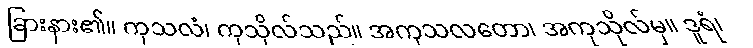
ခြားနား၏။ ကုသလံ၊ ကုသိုလ်သည်။ အကုသလတော၊ အကုသိုလ်မှ။ ဒူရံ၊